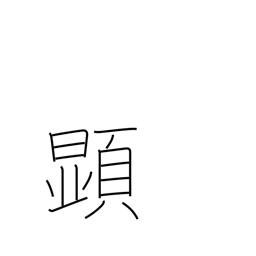
Meaning: appear